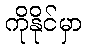
ကိုနိုင်မှာ